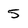
Character: 5